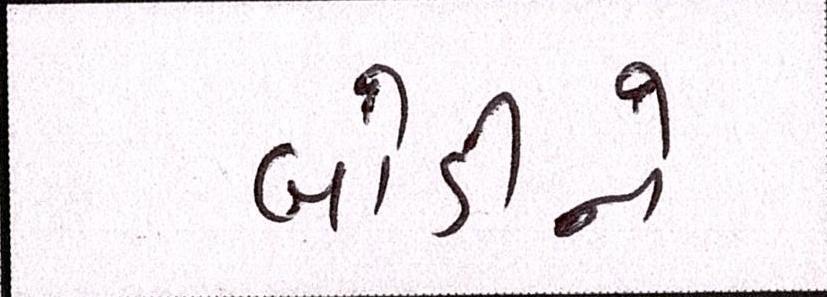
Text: બોડીને